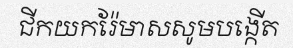
ជីកយករ៉ែមាសសូមបង្កើត